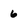
Character: 6